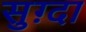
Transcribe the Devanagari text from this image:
सुग़्दा